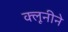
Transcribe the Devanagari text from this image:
क्लूनीने